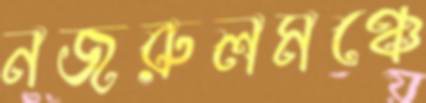
নজরুলমঞ্চে